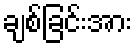
ချစ်ခြင်းအား